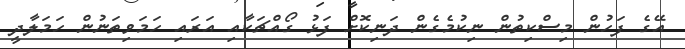
އޭގެ ފަހުން މިސްކިތުން ނިކުމެގެން ދަނިކޮށް ފަޅު ގޯއްޗަކާއި އަރައި ހަމަވިތަނުން ހަމަލާދީ